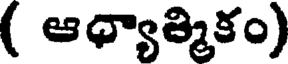
( ఆధ్యాత్మికం)